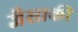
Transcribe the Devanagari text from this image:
जैसाकी